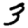
Digit: 3